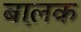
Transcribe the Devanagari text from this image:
बाल़क